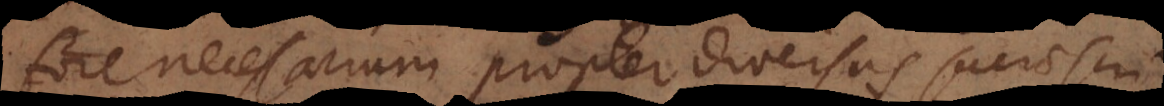
fore necessarium propter diversas sacrae scri